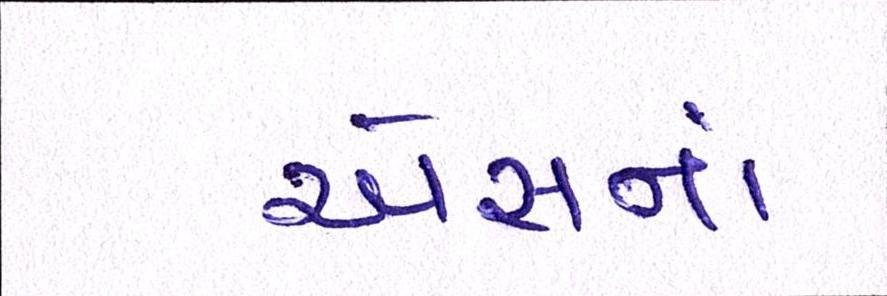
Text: એસનાં